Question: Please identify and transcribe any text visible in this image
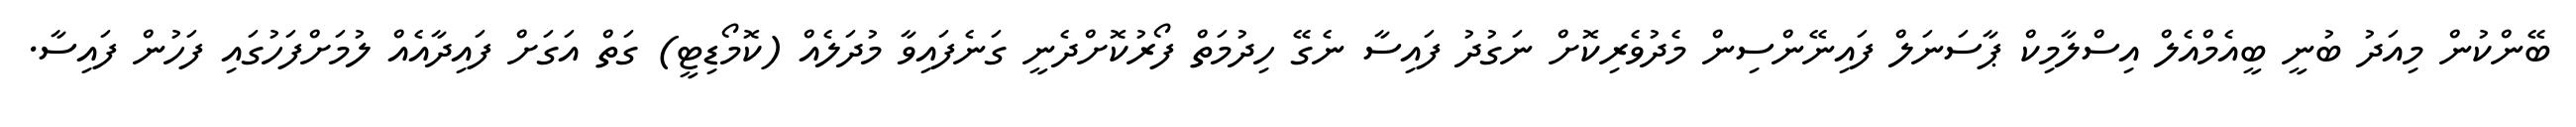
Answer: ބޭންކުން މިއަދު ބުނީ ބީއެމްއެލް އިސްލާމިކް ޕާސަނަލް ފައިނޭންސިން މެދުވެރިކޮށް ނަގުދު ފައިސާ ނެގޭ ހިދުމަތް ފޯރުކޮށްދެނީ ގަނެފައިވާ މުދަލެއް (ކޮމޯޑިޓީ) ގަތް އަގަށް ފައިދާއެއް ލުމަށްފަހުގައި ފަހުން ފައިސާ.